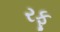
રફૂ